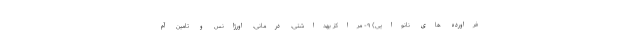
فراورده های نانوایی) ۹- مراکز بهداشتی، درمانی، اورژانس و تامین آم